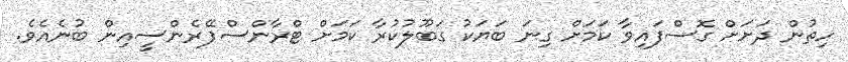
ހިތުން ދަށަށް ގޮސްފައިވާ ކަމަށް ގިނަ ބަޔަކު ގަބޫލުކުރާ ކަމަށް ޓްރާންސްޕޭރެންސީއިން ބުނެއެވެ.